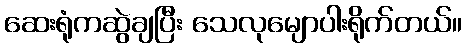
ဆေးရုံကဆွဲချပြီး သေလုမျောပါးရိုက်တယ်။